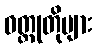
ဝတ္ထုတိုများ